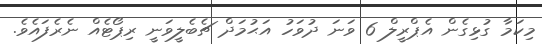
މިކަމާ ގުޅިގެން އެޕްރީލް 6 ވަނަ ދުވަހު އަޙުމަދް ޗެބެލީވަނީ ރިޕޯޓެއް ނެރެފައެވެ.